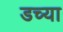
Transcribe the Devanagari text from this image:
डच्या